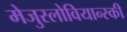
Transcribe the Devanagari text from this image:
मेजुस्लोवियान्स्की